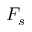
F _ { s }